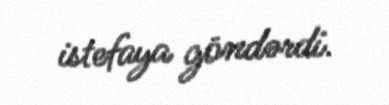
istefaya göndərdi.